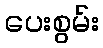
ပေးစွမ်း